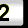
Digit: 2